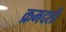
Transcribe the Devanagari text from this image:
क्रमदर्शी